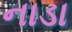
નાડા